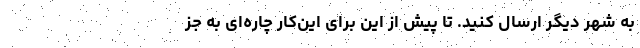
به شهر دیگر ارسال کنید. تا پیش از این برای این‌کار چاره‌ای به جز